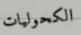
الكحوليات